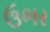
ઉભર